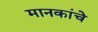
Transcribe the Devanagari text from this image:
मानकांचे